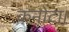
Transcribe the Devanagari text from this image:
कनोटा।